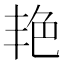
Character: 艳